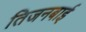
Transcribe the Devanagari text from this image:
तिजनबाई